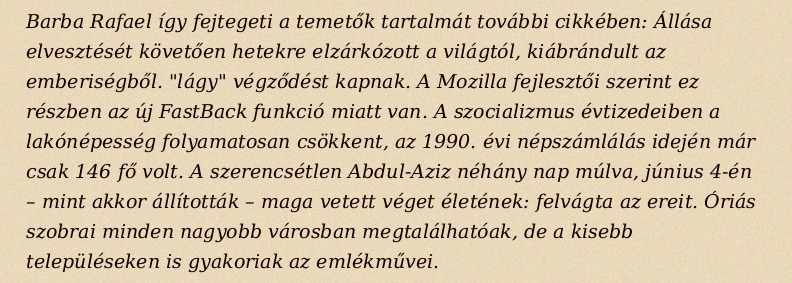
Barba Rafael így fejtegeti a temetők tartalmát további cikkében: Állása elvesztését követően hetekre elzárkózott a világtól, kiábrándult az emberiségből. "lágy" végződést kapnak. A Mozilla fejlesztői szerint ez részben az új FastBack funkció miatt van. A szocializmus évtizedeiben a lakónépesség folyamatosan csökkent, az 1990. évi népszámlálás idején már csak 146 fő volt. A szerencsétlen Abdul-Aziz néhány nap múlva, június 4-én – mint akkor állították – maga vetett véget életének: felvágta az ereit. Óriás szobrai minden nagyobb városban megtalálhatóak, de a kisebb településeken is gyakoriak az emlékművei.